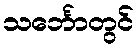
သင်္ဘောတွင်